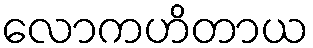
လောကဟိတာယ